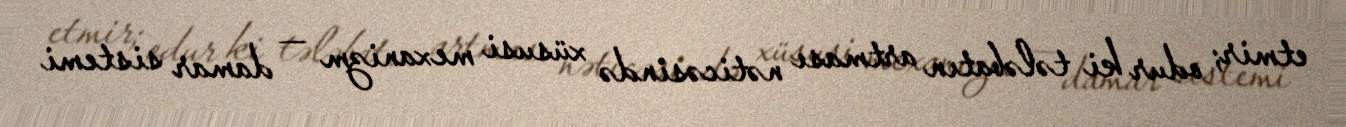
etmir; odur ki tələbatın artması nəticəsində xüsusi mexanizm — damar sistemi